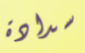
سدادة